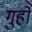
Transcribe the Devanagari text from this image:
गुहों